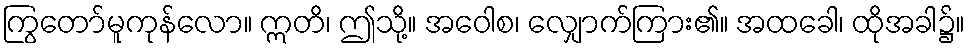
ကြွတော်မူကုန်လော။ ဣတိ၊ ဤသို့။ အဝေါစ၊ လျှောက်ကြား၏။ အထခေါ၊ ထိုအခါ၌။